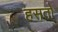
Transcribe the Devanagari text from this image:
हसतो